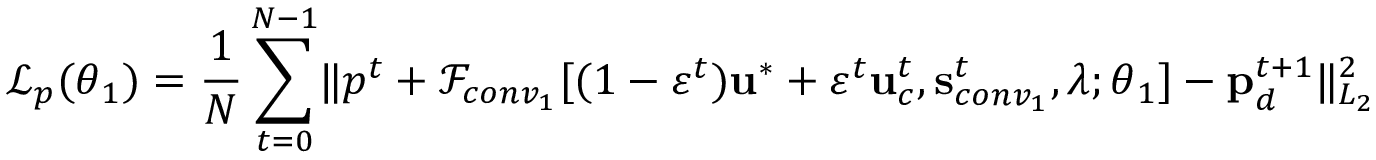
\mathcal { L } _ { p } ( \boldsymbol { \theta } _ { 1 } ) = \frac { 1 } { N } \sum _ { t = 0 } ^ { N - 1 } \lVert p ^ { t } + \mathscr { F } _ { c o n v _ { 1 } } [ ( 1 - \varepsilon ^ { t } ) \mathbf { u } ^ { * } + \varepsilon ^ { t } \mathbf { u } _ { c } ^ { t } , \mathbf { s } _ { c o n v _ { 1 } } ^ { t } , \boldsymbol { \lambda } ; \boldsymbol { \theta } _ { 1 } ] - \mathbf { p } _ { d } ^ { t + 1 } \rVert _ { L _ { 2 } } ^ { 2 }